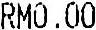
RM0.00